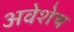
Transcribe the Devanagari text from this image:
अवेशेष